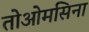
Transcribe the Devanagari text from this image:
तोओमसिना